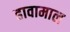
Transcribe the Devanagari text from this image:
हावामाल